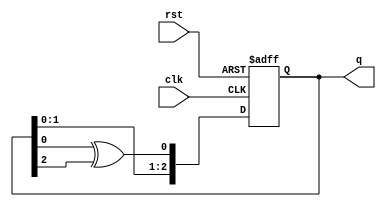
module lfs(
    input clk,rst,
    output reg [2:0] q
    );
always @(posedge clk,posedge rst)
 begin 
 if(rst) 
 q<=3'b100;
 else 
 q<={q[1],q[0],(q[0]^q[2])};
 end


endmodule
module lfsr1_tb;

	// Inputs
	reg clk;
	reg rst;

	// Outputs
	wire [2:0] q;

	// Instantiate the Unit Under Test (UUT)
	lfsr1 uut (
		.clk(clk), 
		.rst(rst), 
		.q(q)
	);

	always #100 clk = ~clk;  
    // Testcase  
    initial begin  
        clk <= 0; rst=1;  
		  #100 rst=0; 
		  #100 clk <= 0; rst=1;  
		  #100 rst=0; 		  
	 


	end
      
endmodule